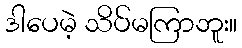
ဒါပေမဲ့ သိပ်မကြာဘူး။